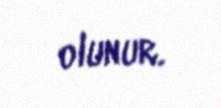
olunur.